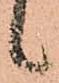
候